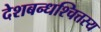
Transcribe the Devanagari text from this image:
देशबन्धश्चित्तस्य